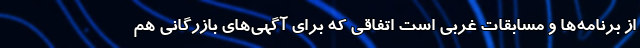
از برنامه‌ها و مسابقات غربی است اتفاقی که برای آگهی‌های بازرگانی هم